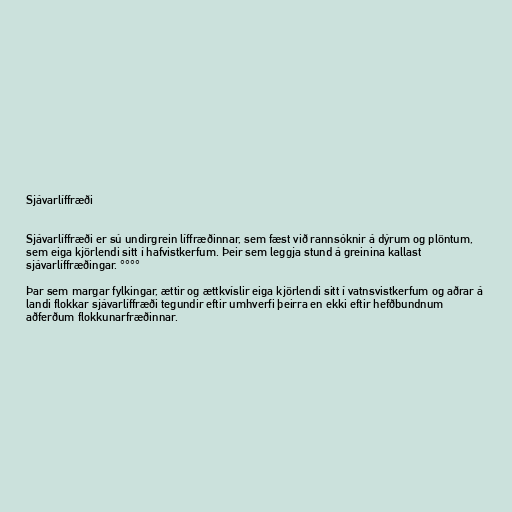
Sjávarlíffræði

Sjávarlíffræði er sú undirgrein líffræðinnar, sem fæst við rannsóknir á dýrum og plöntum,
sem eiga kjörlendi sitt í hafvistkerfum. Þeir sem leggja stund á greinina kallast
sjávarlíffræðingar. °°°°

Þar sem margar fylkingar, ættir og ættkvíslir eiga kjörlendi sitt í vatnsvistkerfum og aðrar á
landi flokkar sjávarlíffræði tegundir eftir umhverfi þeirra en ekki eftir hefðbundnum
aðferðum flokkunarfræðinnar.